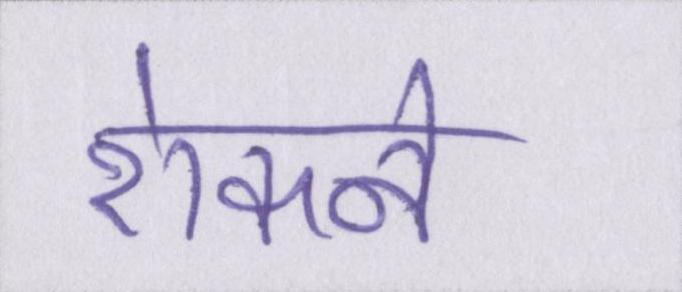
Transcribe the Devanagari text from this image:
रोकने